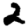
Digit: 2